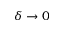
\delta \rightarrow 0